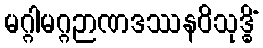
မဂ္ဂါမဂ္ဂဉာဏဒဿနဝိသုဒ္ဓိံ